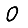
Digit: 0